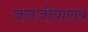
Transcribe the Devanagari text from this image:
जलजीवालय